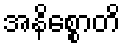
အနိစ္စောတိ